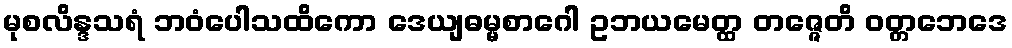
မုစလိန္ဒသရံ ဘဝံပေါသထိကော ဒေယျဓမ္မစာဂေါ ဥဘယမေတ္ထ တဇ္ဇေတိ ဝတ္တဘေဒေ